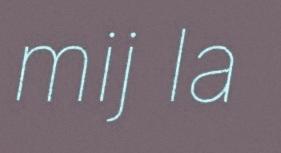
mij la